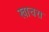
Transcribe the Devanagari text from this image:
खाचरा